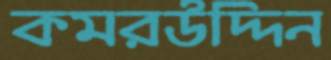
কমরউদ্দিন